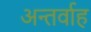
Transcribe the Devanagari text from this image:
अन्‍तर्वाह